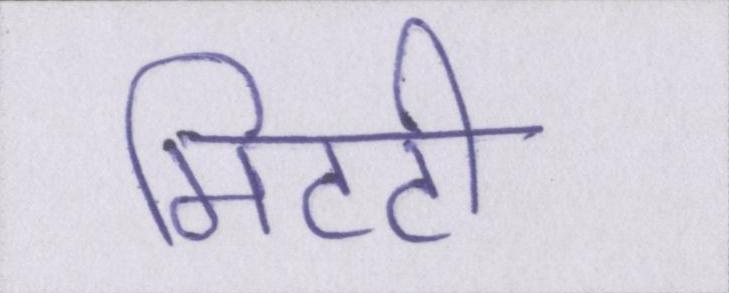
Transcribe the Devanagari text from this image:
मिटटी